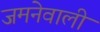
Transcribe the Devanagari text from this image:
जमनेवाली